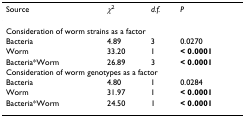
<table><thead><tr><td><b>Source</b></td><td><b><i>χ</i><sup>2</sup></b></td><td><b><i>d.f.</i></b></td><td><b><i>P</i></b></td></tr></thead><tbody><tr><td colspan="4">Consideration of worm strains as a factor</td></tr><tr><td>Bacteria</td><td>4.89</td><td>3</td><td>0.0270</td></tr><tr><td>Worm</td><td>33.20</td><td>1</td><td><b>&lt; 0.0001</b></td></tr><tr><td>Bacteria*Worm</td><td>26.89</td><td>3</td><td><b>&lt; 0.0001</b></td></tr><tr><td colspan="4">Consideration of worm genotypes as a factor</td></tr><tr><td>Bacteria</td><td>4.80</td><td>1</td><td>0.0284</td></tr><tr><td>Worm</td><td>31.97</td><td>1</td><td><b>&lt; 0.0001</b></td></tr><tr><td>Bacteria*Worm</td><td>24.50</td><td>1</td><td><b>&lt; 0.0001</b></td></tr></tbody></table>